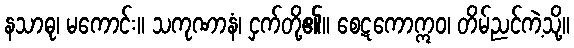
နသာဓု၊ မကောင်း။ သကုဏာနံ၊ ငှက်တို့၏။ စေဋကောဣဝ၊ တိမ်ညင်ကဲ့သို့။